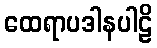
ထေရာပဒါနပါဠိ